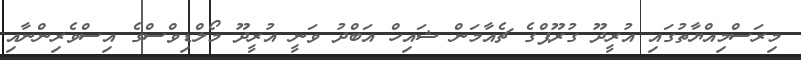
މިރަސްމިއްޔާތުގައި އުރީދޫ ގުރޫޕްގެ ޗެއާމަން ޝައިހް އަބްދު ވަނީ އުރީދޫ މޯލްޑިވްސްގެ އިސްވެރިންނާއި